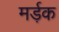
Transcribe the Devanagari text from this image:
मर्ड़क